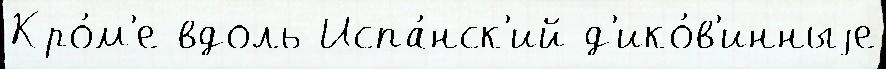
Кро́м'е вдоль Испа́нск'ий д'ико́в'инныjе